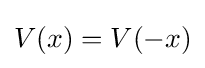
V(x)=V(-x)